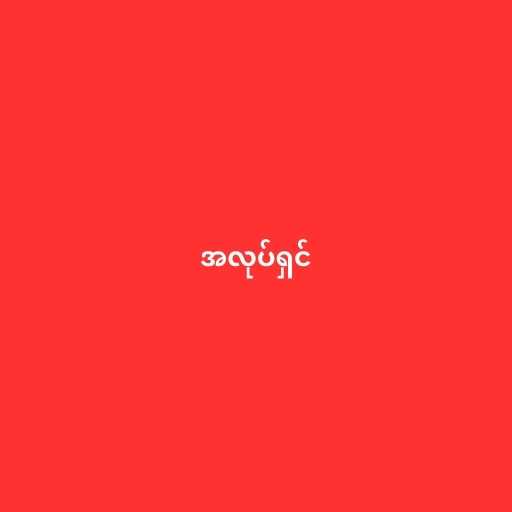
အလုပ်ရှင်